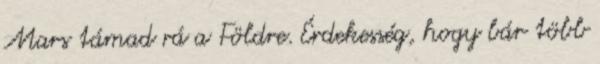
Mars támad rá a Földre. Érdekesség, hogy bár több